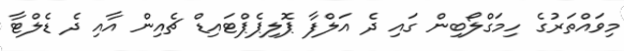
މިވައްތަރުގެ ހިމަގްލޯބިން ގައި ދެ އަލްފާ ޕޮލިޕެޕްޓައިޑް ޗެއިން އާއި ދެ ޑެލްޓާ